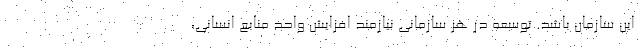
این سازمان باشد. توسعه در هر سازمانی نیازمند افزایش واحد منابع انسانی،